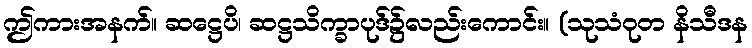
ဤကားအနက်။ ဆဋ္ဌေပိ၊ ဆဋ္ဌသိက္ခာပုဒ်၌လည်းကောင်း။ (သုသံဝုတ နိသီဒန